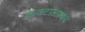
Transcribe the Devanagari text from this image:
कवटाळायचं